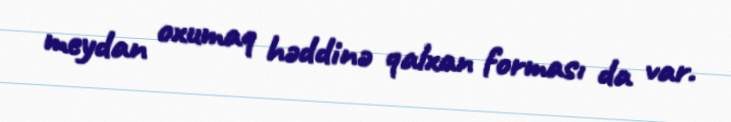
meydan oxumaq həddinə qalxan forması da var.